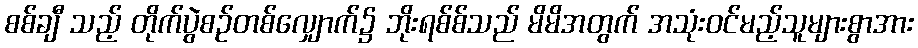
စစ်ချီ သည့် တိုက်ပွဲစဉ်တစ်လျှောက်၌ ဘိုးရစ်စ်သည် မိမိအတွက် အသုံးဝင်မည့်သူများစွာအား